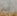
انه